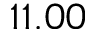
1 1 . 0 0